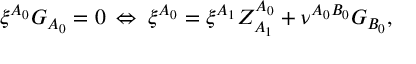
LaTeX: \xi ^ { A _ { 0 } } G _ { A _ { 0 } } = 0 \: \Leftrightarrow \: \xi ^ { A _ { 0 } } = \xi ^ { A _ { 1 } } Z _ { A _ { 1 } } ^ { A _ { 0 } } + \nu ^ { A _ { 0 } B _ { 0 } } G _ { B _ { 0 } } ,